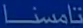
تامسنا